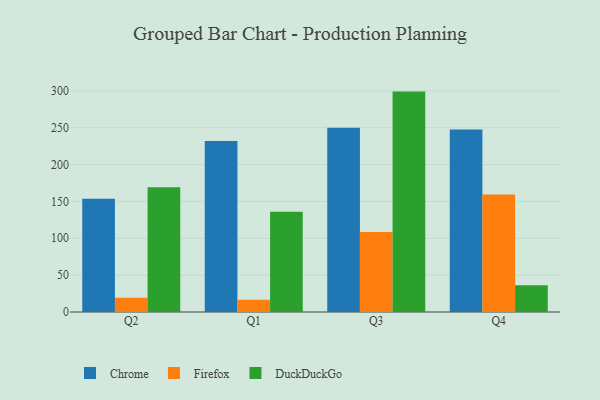
{"axis": {"x": "Quarter", "y": "Waste Production (Tons)"}, "legend": ["Chrome", "DuckDuckGo", "Firefox"], "data": [{"x": "Q2", "y": 153.8, "type": "Chrome"}, {"x": "Q2", "y": 19.5, "type": "Firefox"}, {"x": "Q2", "y": 169.3, "type": "DuckDuckGo"}, {"x": "Q1", "y": 232.0, "type": "Chrome"}, {"x": "Q1", "y": 16.5, "type": "Firefox"}, {"x": "Q1", "y": 135.9, "type": "DuckDuckGo"}, {"x": "Q3", "y": 250.0, "type": "Chrome"}, {"x": "Q3", "y": 108.4, "type": "Firefox"}, {"x": "Q3", "y": 299.0, "type": "DuckDuckGo"}, {"x": "Q4", "y": 247.5, "type": "Chrome"}, {"x": "Q4", "y": 159.4, "type": "Firefox"}, {"x": "Q4", "y": 36.4, "type": "DuckDuckGo"}]}